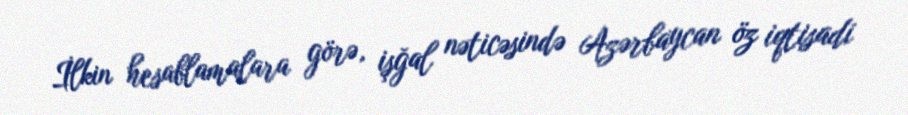
İlkin hesablamalara görə, işğal nəticəsində Azərbaycan öz iqtisadi